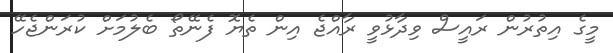
މީގެ އިތުރުން ރައީސް ވިދާޅުވީ ރާއްޖެ އިން ތެޔޮ ފެނޭތޯ ބެލުމަށް ކުރަންޖެހޭ